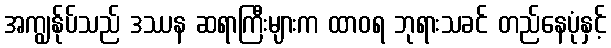
အကျွန်ုပ်သည် ဒဿန ဆရာကြီးများက ထာဝရ ဘုရားသခင် တည်နေပုံနှင့်